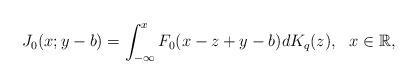
LaTeX: \begin{align*}J_0(x;y-b)=\int_{-\infty}^{x}F_0(x-z+y-b)dK_{q}(z), \ \ x \in \mathbb R,\end{align*}